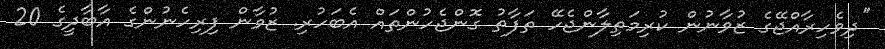
''ދިވެހިރާއްޖޭގެ ޒުވާނުން ކުރިމަތިލާންޖެހޭ ތަފާތު ގޮންޖެހުންތައް އެބަހުރި. ޒުވާން ފިރިހެނުންގެ އާބާދީގެ 20